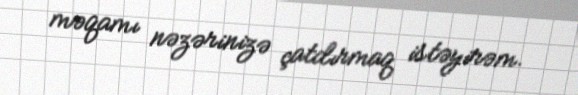
məqamı nəzərinizə çatdırmaq istəyirəm.